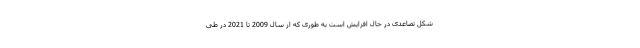
شکل تصاعدی در حال افزایش است به طوری که از سال 2009 تا 2021 در طی